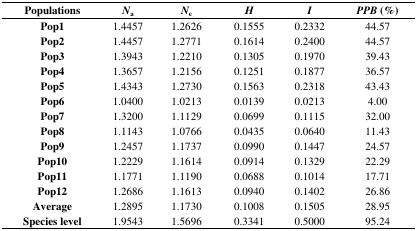
<table><thead><tr><td><b>Populations</b></td><td><b><i>N</i><sub>a</sub></b></td><td><b><i>N</i><sub>e</sub></b></td><td><b><i>H</i></b></td><td><b><i>I</i></b></td><td><b><i>PPB</i> (%)</b></td></tr></thead><tbody><tr><td><b>Pop1</b></td><td>1.4457</td><td>1.2626</td><td>0.1555</td><td>0.2332</td><td>44.57</td></tr><tr><td><b>Pop2</b></td><td>1.4457</td><td>1.2771</td><td>0.1614</td><td>0.2400</td><td>44.57</td></tr><tr><td><b>Pop3</b></td><td>1.3943</td><td>1.2210</td><td>0.1305</td><td>0.1970</td><td>39.43</td></tr><tr><td><b>Pop4</b></td><td>1.3657</td><td>1.2156</td><td>0.1251</td><td>0.1877</td><td>36.57</td></tr><tr><td><b>Pop5</b></td><td>1.4343</td><td>1.2730</td><td>0.1563</td><td>0.2318</td><td>43.43</td></tr><tr><td><b>Pop6</b></td><td>1.0400</td><td>1.0213</td><td>0.0139</td><td>0.0213</td><td>4.00</td></tr><tr><td><b>Pop7</b></td><td>1.3200</td><td>1.1129</td><td>0.0699</td><td>0.1115</td><td>32.00</td></tr><tr><td><b>Pop8</b></td><td>1.1143</td><td>1.0766</td><td>0.0435</td><td>0.0640</td><td>11.43</td></tr><tr><td><b>Pop9</b></td><td>1.2457</td><td>1.1737</td><td>0.0990</td><td>0.1447</td><td>24.57</td></tr><tr><td><b>Pop10</b></td><td>1.2229</td><td>1.1614</td><td>0.0914</td><td>0.1329</td><td>22.29</td></tr><tr><td><b>Pop11</b></td><td>1.1771</td><td>1.1190</td><td>0.0688</td><td>0.1014</td><td>17.71</td></tr><tr><td><b>Pop12</b></td><td>1.2686</td><td>1.1613</td><td>0.0940</td><td>0.1402</td><td>26.86</td></tr><tr><td><b>Average</b></td><td>1.2895</td><td>1.1730</td><td>0.1008</td><td>0.1505</td><td>28.95</td></tr><tr><td><b>Species level</b></td><td>1.9543</td><td>1.5696</td><td>0.3341</td><td>0.5000</td><td>95.24</td></tr></tbody></table>